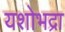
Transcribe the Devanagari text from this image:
यशोभद्रा